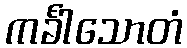
ကင်္ခါသောတံ